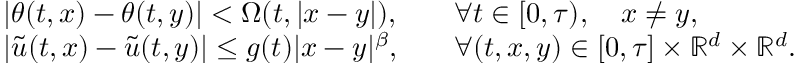
\begin{array} { r l r l } & { | \theta ( t , x ) - \theta ( t , y ) | < \Omega ( t , | x - y | ) , } & & { \forall t \in [ 0 , \tau ) , \quad x \neq y , } \\ & { | \widetilde u ( t , x ) - \widetilde u ( t , y ) | \leq g ( t ) | x - y | ^ { \beta } , } & & { \forall ( t , x , y ) \in [ 0 , \tau ] \times \mathbb { R } ^ { d } \times \mathbb { R } ^ { d } . } \end{array}